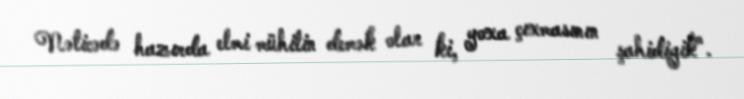
Nəticədə hazırda elmi mühitin demək olar ki, yoxa çıxmasının şahidiyik".